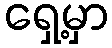
ရှေ့မှာ